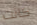
كانت